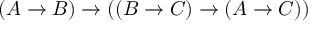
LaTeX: ( A \to B ) \to ( ( B \to C ) \to ( A \to C ) )